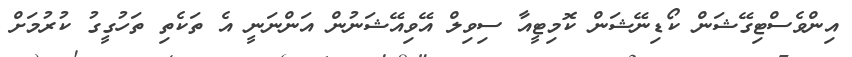
އިންވެސްޓިގޭޝަން ކޯޑިނޭޝަން ކޮމިޓީއާ ސިވިލް އޭވިއޭޝަނުން އަންނަނީ އެ ތަކެތި ތަހުގީގު ކުރުމަށް